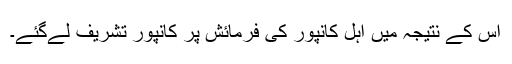
اس کے نتیجہ میں اہل کانپور کی فرمائش پر کانپور تشریف لےگئے۔